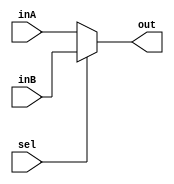
`timescale 1ns / 1ps
//////////////////////////////////////////////////////////////////////////////////
// Company: 
// Engineer: 
// 
// Design Name: 
// Module Name: Mux64Bit2To1
// Project Name: 
// Target Devices: 
// Tool Versions: 
// Description: 
// 
// Dependencies: 
// 
// Revision:
// Revision 0.01 - File Created
// Additional Comments:
// 
//////////////////////////////////////////////////////////////////////////////////


module Mux64Bit2To1(out, inA, inB, sel);

    output reg [63:0] out;
    
    input [63:0] inA;
    input [63:0] inB;
    input sel;

    //simple mux; 0 chooses inA, 1 chooses inB.
    always @(inA, inB, sel) begin
        if(sel == 0) begin
            out <= inA;
        end
        else begin
            out <= inB;
        end
    end

endmodule